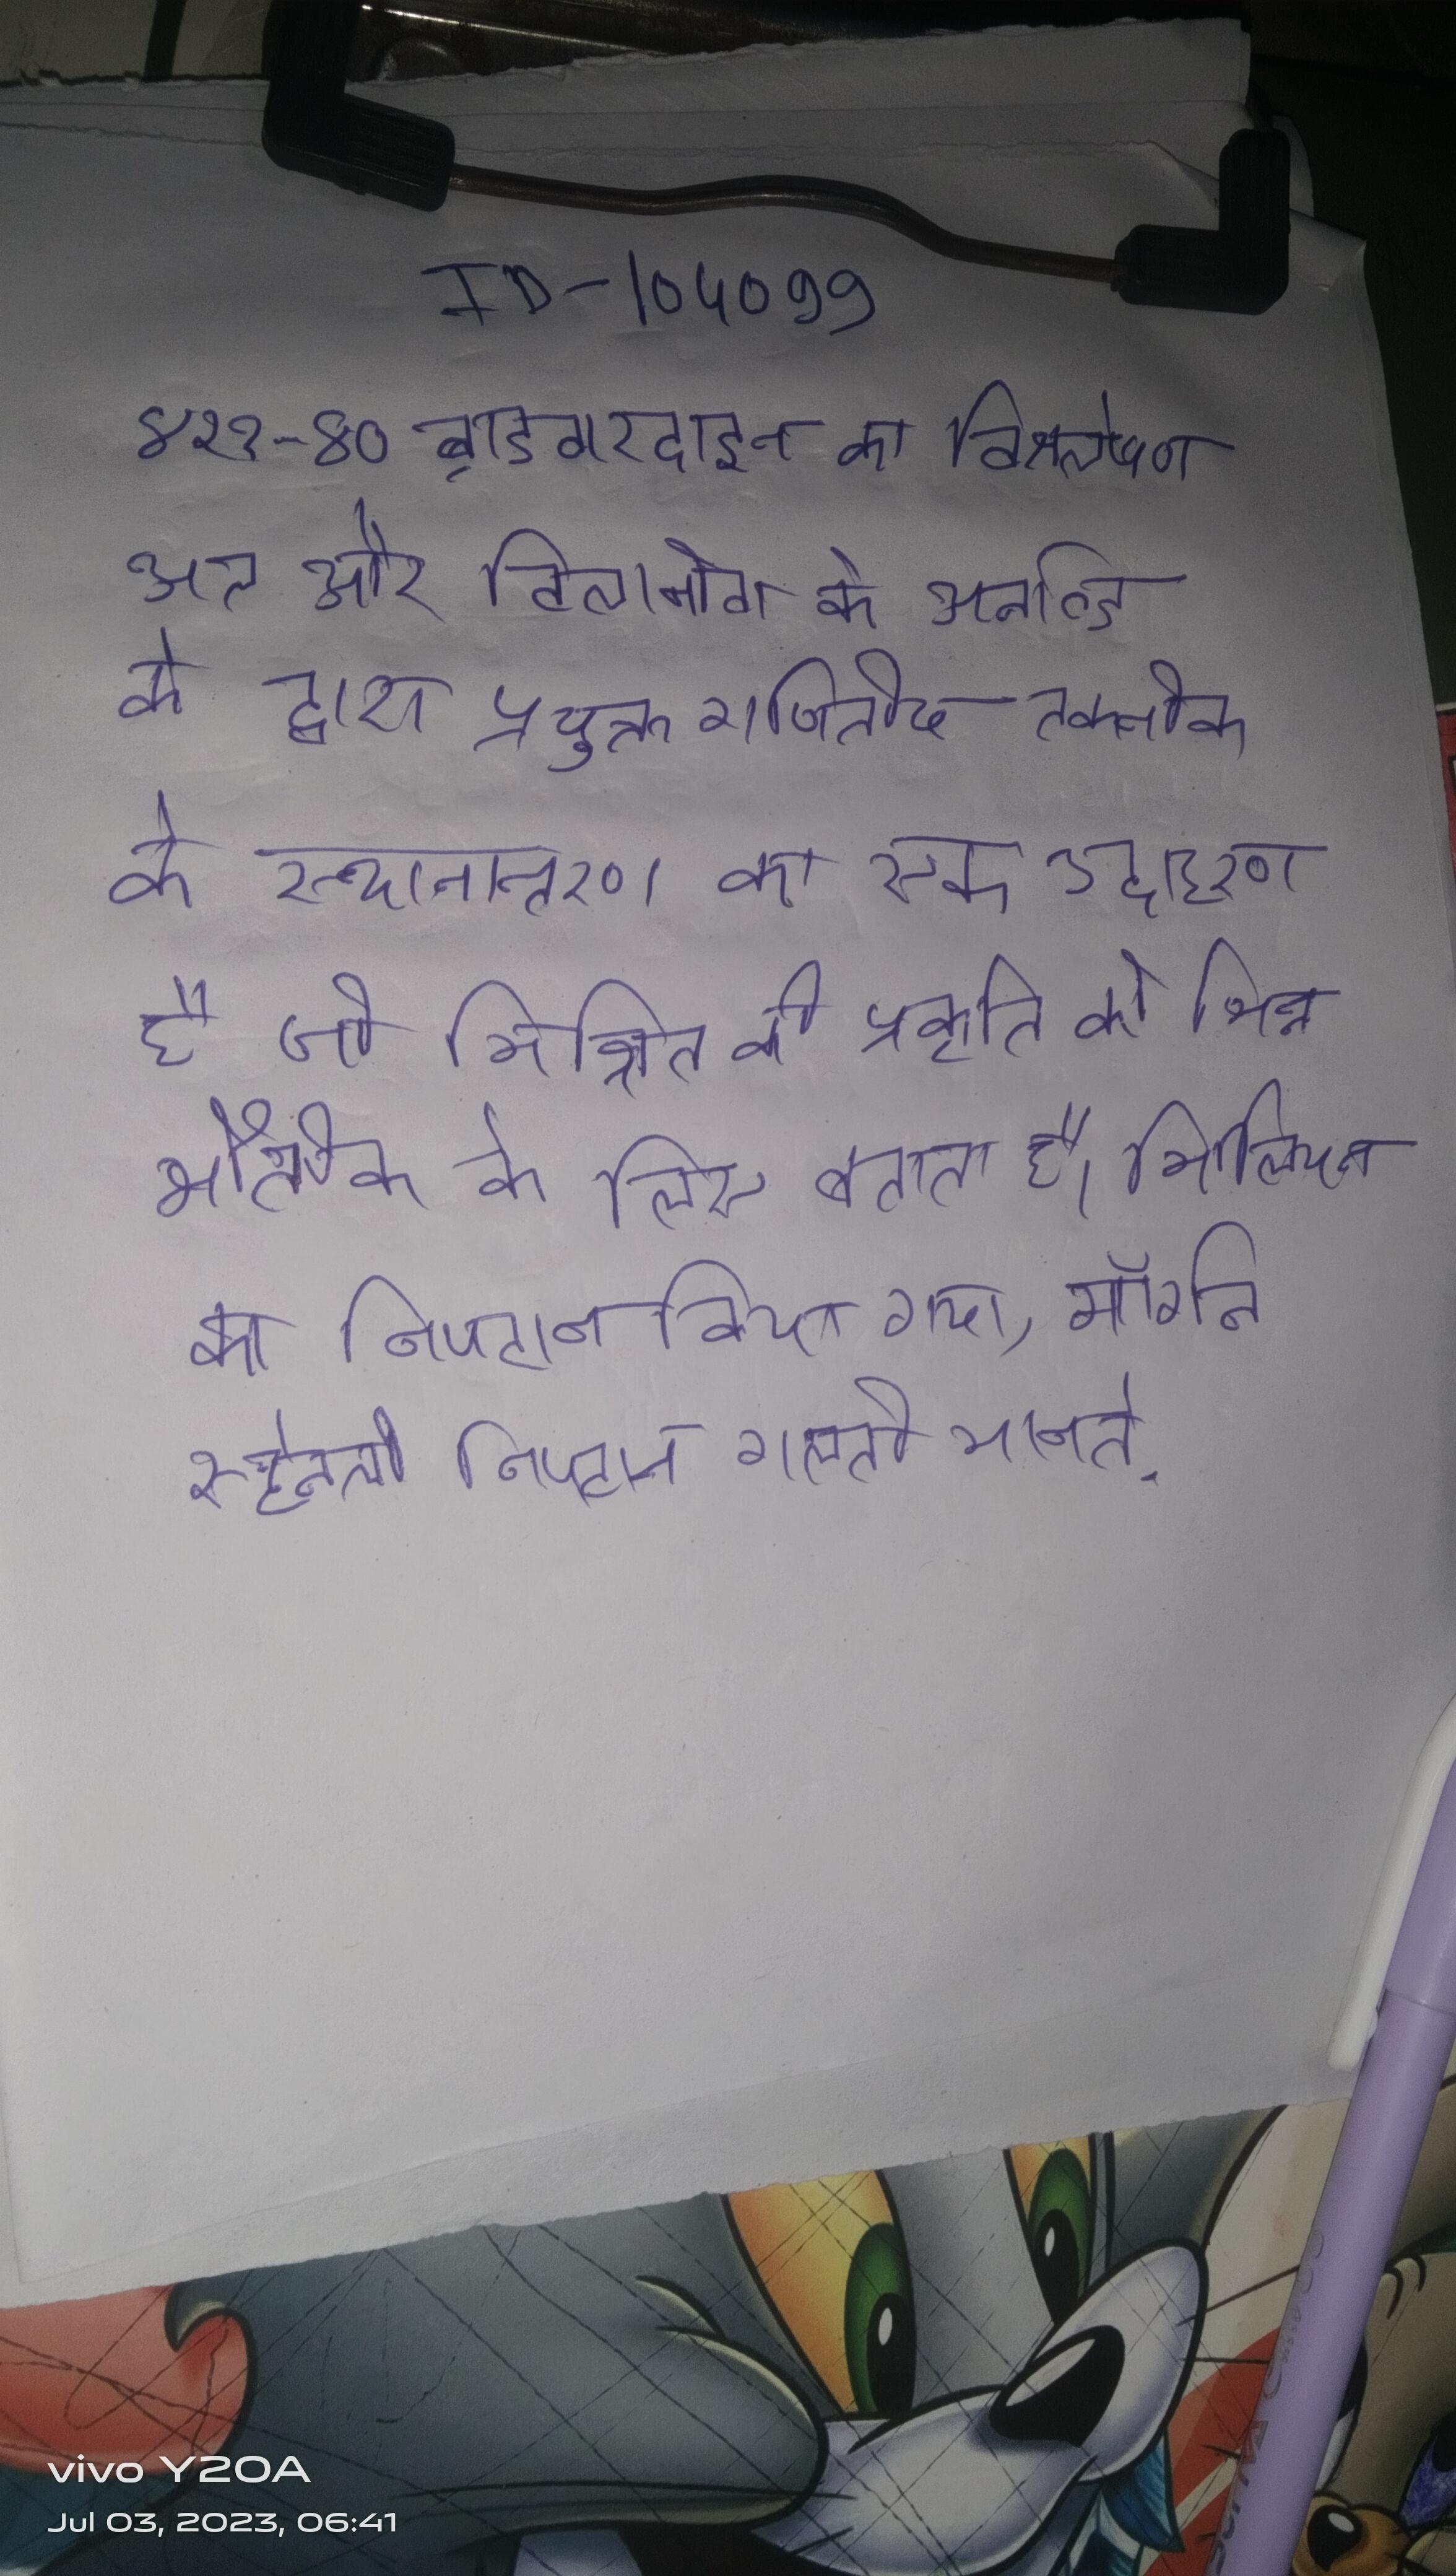
४२१-४० ब्राडवारदाइन का विश्लेषण अल और विलानोवा के अर्नाल्ड के द्वारा प्रयुक्त गणितीय तकनीक के स्थानान्तरण का एक उदाहरण है जो मिश्रित की प्रकृति को भिन्न भौतिक के लिए बताता है । मिलियन का निपटान किया गया, मॉर्गन स्टेनली निपटान गलती मानते .